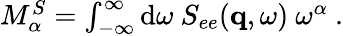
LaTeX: \begin{array}{r}{M_{\alpha}^{S}=\int_{-\infty}^{\infty}\textnormal{d}\omega\ S_{ee}(\mathbf{q},\omega)\ \omega^{\alpha}\ .}\end{array}